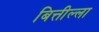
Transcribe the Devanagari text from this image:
बित्तील्ला